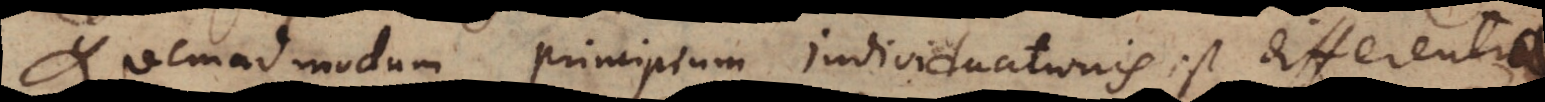
Quemadmodum principium individuationis est differentia